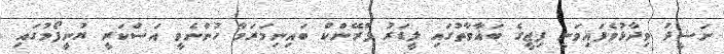
ނަޝީދު ވިދާޅުވެފައިވަނީ ފިޖީގެ ބަޣާވާތުގައި ލީޑަރު ފްރޭންކް ބައިނިމަރަމާ ހުންނެވީ އަސްކަރީ ޔުނީފޯމުގައި